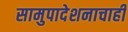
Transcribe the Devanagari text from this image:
सामुपादेशनाचाही